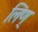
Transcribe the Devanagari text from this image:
लिण्